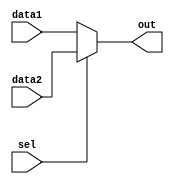
module mux(
		input [31:0] data1, data2,
		input sel,
		output reg [31:0] out
	);
	
	always begin
		if(sel) out <= data2;
		else out <= data1;
	end

endmodule